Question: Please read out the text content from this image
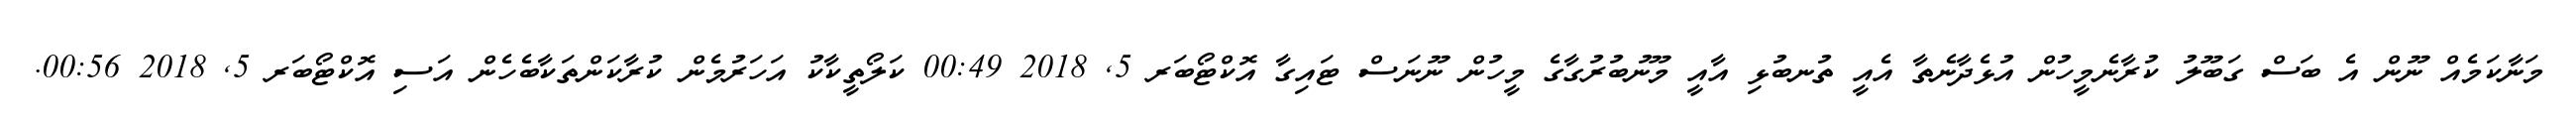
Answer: މަނާކަމެއް ނޫން އެ ބަސް ގަބޫލު ކުރާނެމީހުން އުޅެދާނެތާ އެއީ ތުނބުޅި އާއީ މޫނުބުރުގާގެ މީހުން ނޫނަސް ޓައިގާ އޮކްޓޯބަރ 5, 2018 00:49 ކަލޯތީކާކު އަހަރުމެން ކުރާކަންތަކާބެހެން އަސި އޮކްޓޯބަރ 5, 2018 00:56.